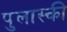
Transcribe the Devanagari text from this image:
पुलास्की